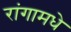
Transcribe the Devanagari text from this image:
रांगामधे